Enquiry on enteric fever in India - Number 32
Disease focus: Fever
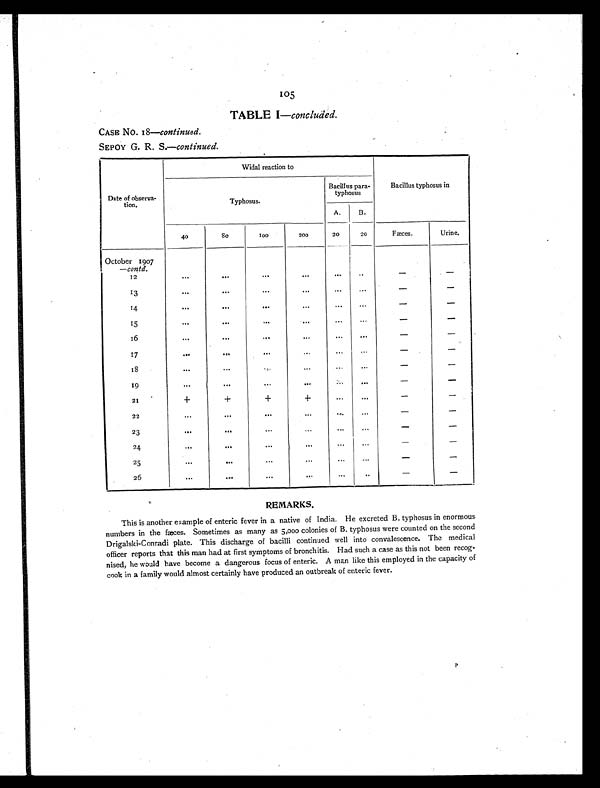
105
TABLE I—concluded.
CASE No. 18—continued.
SEPOY G. R. S.—continued.
Date of observa-
tion.
Widal reaction to
Bacillus typhosus in
Typhosus.
Bacillus para-
typhosus
A.
B.
40
80
100
200
20
20
Fæces.
Urine.
October 1907
— contd.
12
...
. . .
...
...
... ...
- -
13
... ...
...
... ...
...
-
-
14
... ... ... ... ...
...
-
-
15
...
... ...
...
...
...
-
-
16
... ... ... ... ... ...
-
-
17
... ... ...
...
. . .
. . .
-
-
18
...
...
...
...
...
...
-
-
19
... ... ... ... ... ...
-
-
21
+
+
+
+
...
...
-
-
22
. . .
. . .
... ...
...
...
-
-
23
. . .
. . .
... ... ...
. . .
-
-
24
. . .
... ... ... ... ...
-
-
25
...
. . .
. . .
... ... ...
-
-
26
... ... ... ... ...
. . .
-
-
REMARKS.
This is another example of enteric fever in a native of India. He excreted B. typhosus in enormous
numbers in the fæces. Sometimes as many as 5,000 colonies of B. typhosus were counted on the second
Drigalski-Conradi plate. This discharge of bacilli continued well into convalescence. The medical
officer reports that this man had at first symptoms of bronchitis. Had such a case as this not been recog-
nised, he would have become a dangerous focus of enteric. A man like this employed in the capacity of
cook in a family would almost certainly have produced an outbreak of enteric fever.